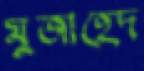
মুজাহেদ